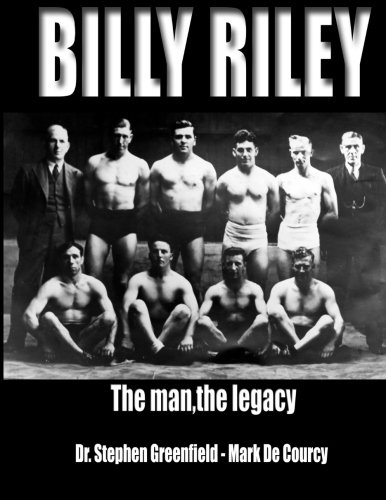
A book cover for Billy Riley - The Man,the legacy; Dr Stephen Greenfield; Sports & Outdoors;